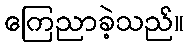
ကြေညာခဲ့သည်။